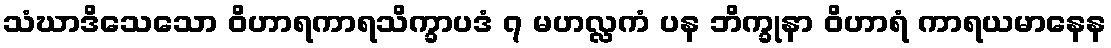
သံဃာဒိသေသော ဝိဟာရကာရသိက္ခာပဒံ ၇ မဟလ္လကံ ပန ဘိက္ခုနာ ဝိဟာရံ ကာရယမာနေန